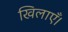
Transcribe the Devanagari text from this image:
खिलाएँ।